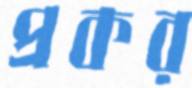
প্রকর